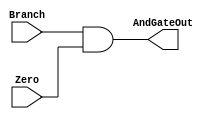
module AndGate(Branch, Zero, AndGateOut);
	input Branch;
	input Zero;
	output reg AndGateOut;
	
	always @(*) begin
		AndGateOut <= Branch && Zero;
	end
endmodule